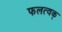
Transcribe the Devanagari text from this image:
फलत्वक्